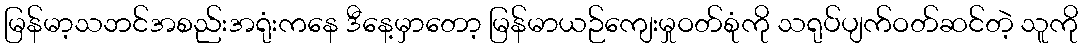
မြန်မာ့သဘင်အစည်းအရုံးကနေ ဒီနေ့မှာတော့ မြန်မာယဉ်ကျေးမှုဝတ်စုံကို သရုပ်ပျက်ဝတ်ဆင်တဲ့ သူကို